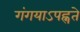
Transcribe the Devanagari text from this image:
गंगयाऽपह्नते